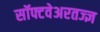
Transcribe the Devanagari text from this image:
सॉफ्टवेअरतज्ज्ञ